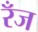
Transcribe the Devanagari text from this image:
रँज